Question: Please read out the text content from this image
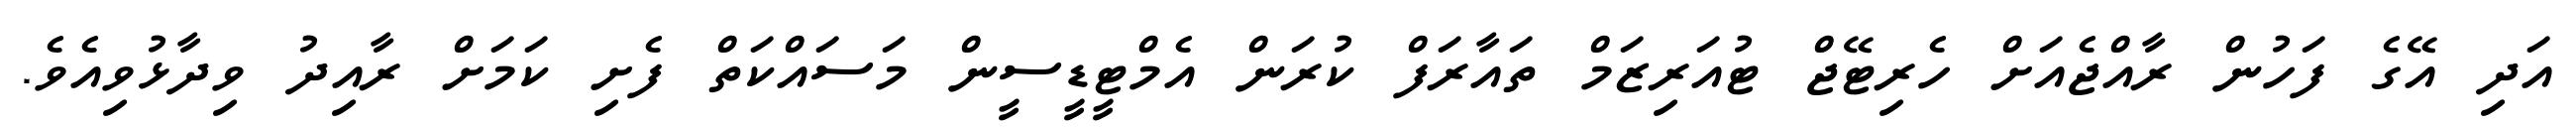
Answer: އަދި އޭގެ ފަހުން ރާއްޖެއަށް ހެރިޓޭޖް ޓުއަރިޒަމް ތައާރަފް ކުރަން އެމްޓީޑީސީން މަސައްކަތް ފެށި ކަމަށް ރާއިދު ވިދާޅުވިއެވެ.